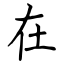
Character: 在